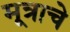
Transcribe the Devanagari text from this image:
मूत्राचे